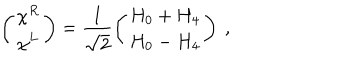
\left( \begin{array} { c } { { \chi ^ { R } } } \\ { { \chi ^ { L } } } \\ \end{array} \right) = \frac { 1 } { \sqrt { 2 } } \left( \begin{array} { c } { { H _ { 0 } + H _ { 4 } } } \\ { { H _ { 0 } - H _ { 4 } } } \\ \end{array} \right) \ ,